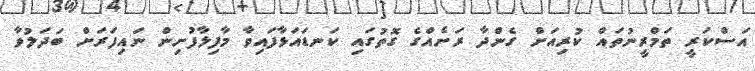
އަސްކަރީ ތަމްރީނުތައް ކުރިއަށް ގެންދާ ރަށެއްގެ ގޮތުގައި ކަނޑައަޅާފައިވާ މާފިލާފުށިން ނައިފަރަށް ބަދަލުވާ